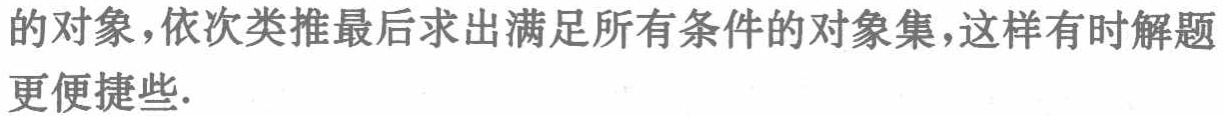
的对象，依次类推最后求出满足所有条件的对象集，这样有时解题更便捷些.